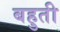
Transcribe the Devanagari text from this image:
बहुती